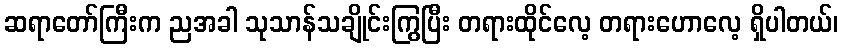
ဆရာတော်ကြီးက ညအခါ သုသာန်သချိုင်းကြွပြီး တရားထိုင်လေ့ တရားဟောလေ့ ရှိပါတယ်၊